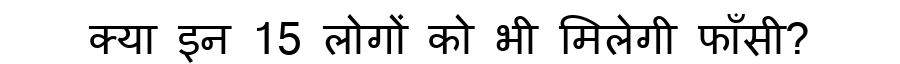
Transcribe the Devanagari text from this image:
क्या इन 15 लोगों को भी मिलेगी फाँसी?